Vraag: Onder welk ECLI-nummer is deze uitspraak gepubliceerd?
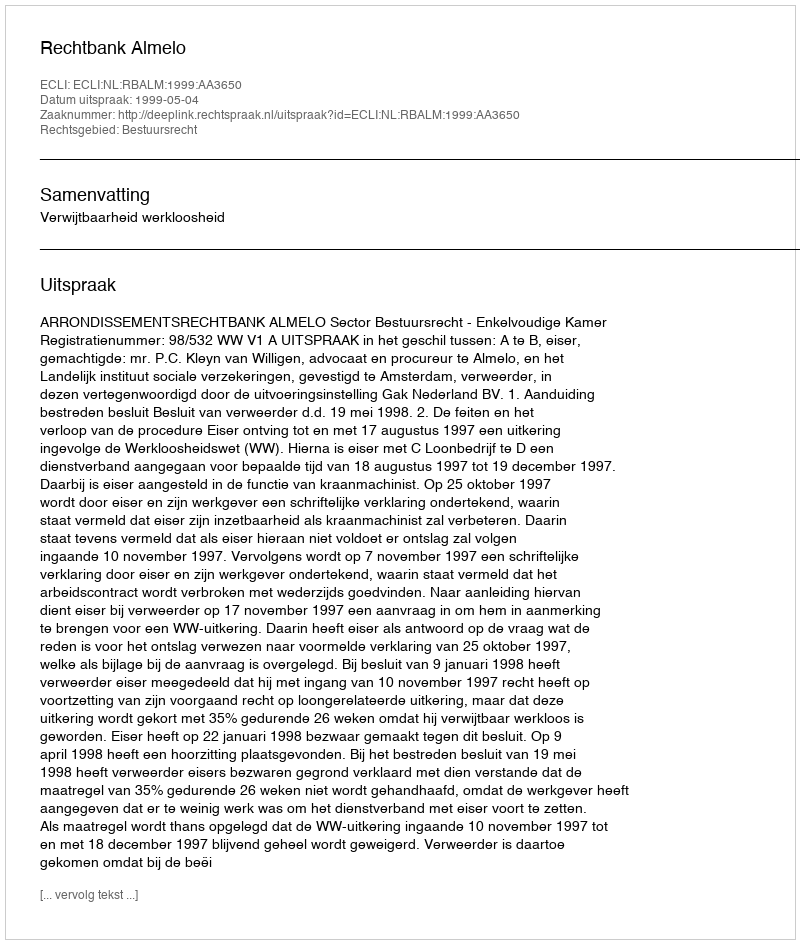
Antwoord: ECLI:NL:RBALM:1999:AA3650